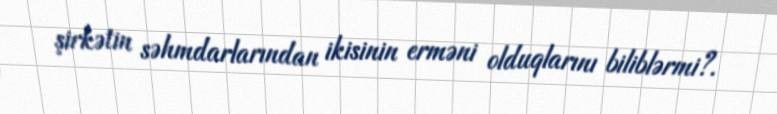
şirkətin səhmdarlarından ikisinin erməni olduqlarını biliblərmi?.